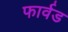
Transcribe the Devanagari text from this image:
फार्वड